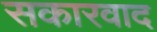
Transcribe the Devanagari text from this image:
सकारवाद